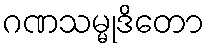
ဂဏသမ္မုဒိတော